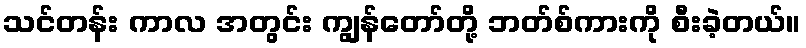
သင်တန်း ကာလ အတွင်း ကျွန်တော်တို့ ဘတ်စ်ကားကို စီးခဲ့တယ်။